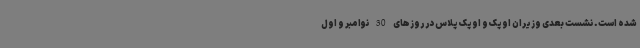
شده است. نشست بعدی وزیران اوپک و اوپک پلاس در روزهای 30 نوامبر و اول